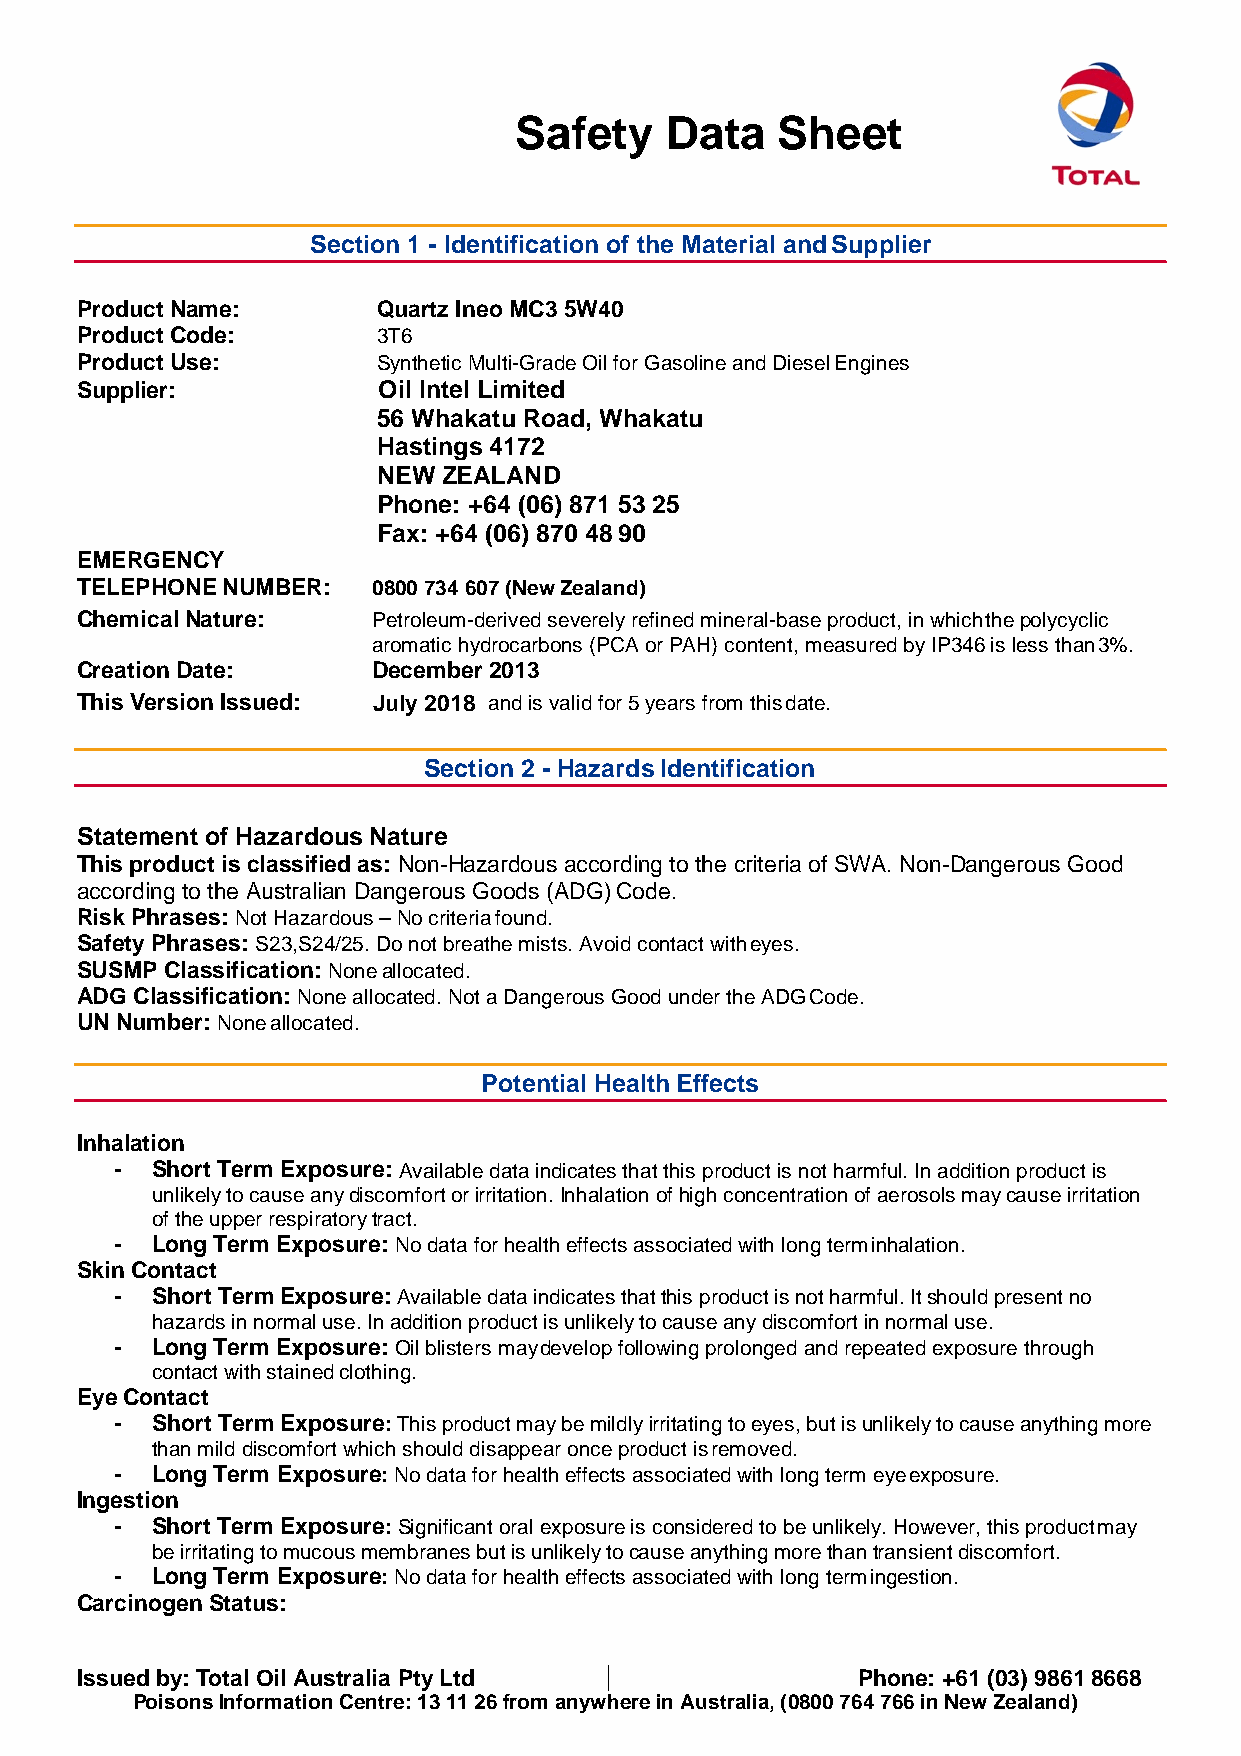
Material    Safety    Data   Sheet
 Section 1 - Identification of the Material and Supplier
 Product Name:       Quartz Ineo MC3 5W40
 Product Code:       3T6
 Product Use:        Synthetic Multi-Grade Oil for Gasoline and Diesel Engines
 Supplier:           Oil Intel Limited
 56 Whakatu Road, Whakatu
 Hastings 4172
 NEW ZEALAND
 Phone: +64 (06) 871 53 25
 Fax: +64 (06) 870 48 90
 EMERGENCY
 TELEPHONE NUMBER:   0800 734 607 (New Zealand)
 Chemical Nature:    Petroleum-derived severely refined mineral-base product, in which the polycyclic
 aromatic hydrocarbons (PCA or PAH) content, measured by IP346 is less than 3%.
 Creation Date:      December 2013
 This Version Issued: AJuplryil 22001186 and is valid for 5 years from this date.
 Section 2 - Hazards Identification
 Statement of Hazardous Nature
 This product is classified as: Non-Hazardous according to the criteria of SWA. Non-Dangerous Good
 according to the Australian Dangerous Goods (ADG) Code.
 Risk Phrases: Not Hazardous – No criteria found.
 Safety Phrases: S23,S24/25. Do not breathe mists. Avoid contact with eyes.
 SUSMP Classification: None allocated.
 ADG Classification: None allocated. Not a Dangerous Good under the ADG Code.
 UN Number: None allocated.
 Potential Health Effects
 Inhalation
 - Short Term Exposure: Available data indicates that this product is not harmful. In addition product is
 unlikely to cause any discomfort or irritation. Inhalation of high concentration of aerosols may cause irritation
 of the upper respiratory tract.
 - Long Term Exposure: No data for health effects associated with long term inhalation.
 Skin Contact
 - Short Term Exposure: Available data indicates that this product is not harmful. It should present no
 hazards in normal use. In addition product is unlikely to cause any discomfort in normal use.
 - Long Term Exposure: Oil blisters may develop following prolonged and repeated exposure through
 contact with stained clothing.
 Eye Contact
 - Short Term Exposure: This product may be mildly irritating to eyes, but is unlikely to cause anything more
 than mild discomfort which should disappear once product is removed.
 - Long Term Exposure: No data for health effects associated with long term eye exposure.
 Ingestion
 - Short Term Exposure: Significant oral exposure is considered to be unlikely. However, this product may
 be irritating to mucous membranes but is unlikely to cause anything more than transient discomfort.
 - Long Term Exposure: No data for health effects associated with long term ingestion.
 Carcinogen Status:
 Issued by: Total Oil Australia Pty Ltd              Phone: +61 (03) 9861 8668
 Poisons Information Centre: 13 11 26 from anywhere in Australia, (0800 764 766 in New Zealand)